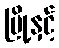
မြို့နှင့်